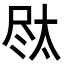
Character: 𪨐